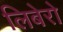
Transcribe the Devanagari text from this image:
लिबेरो